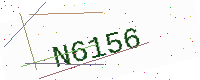
Text: N6156